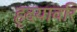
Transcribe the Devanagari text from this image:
हृदयावरि